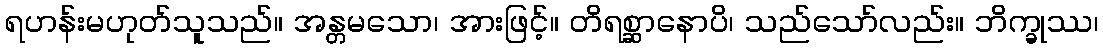
ရဟန်းမဟုတ်သူသည်။ အန္တမသော၊ အားဖြင့်။ တိရစ္ဆာနောပိ၊ သည်သော်လည်း။ ဘိက္ခုဿ၊